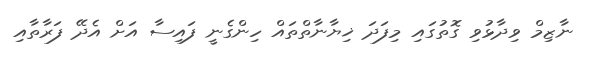
ނާޒިމް ވިދާޅުވި ގޮތުގައި މިފަދަ ޚިޔާނާތްތައް ހިންގެނީ ފައިސާ އަށް އެދޭ ފަރާތާއި